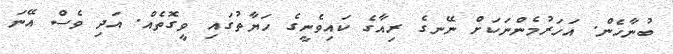
ބުނާހެން. އަހަރުމެންނަކަށް ނޭނގެ ރިއާގެ ކައިވެނީގެ ހަޔާތުގައި ވީގޮތެއް. އަދި ވެސް އޭނަ